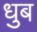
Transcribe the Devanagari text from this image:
धुब